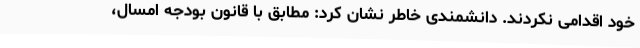
خود اقدامی نکردند. دانشمندی خاطر نشان کرد: مطابق با قانون بودجه امسال،